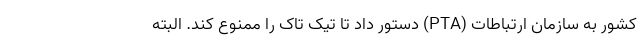
کشور به سازمان ارتباطات (PTA) دستور داد تا تیک تاک را ممنوع کند. البته